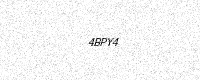
Text: 4BPY4